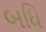
બધિ